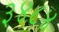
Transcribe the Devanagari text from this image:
३४८४